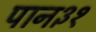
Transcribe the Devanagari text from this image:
पान३१